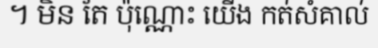
។ មិន តែ ប៉ុណ្ណោះ យើង កត់សំគាល់